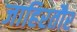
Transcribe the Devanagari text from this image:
जाहिरतौर